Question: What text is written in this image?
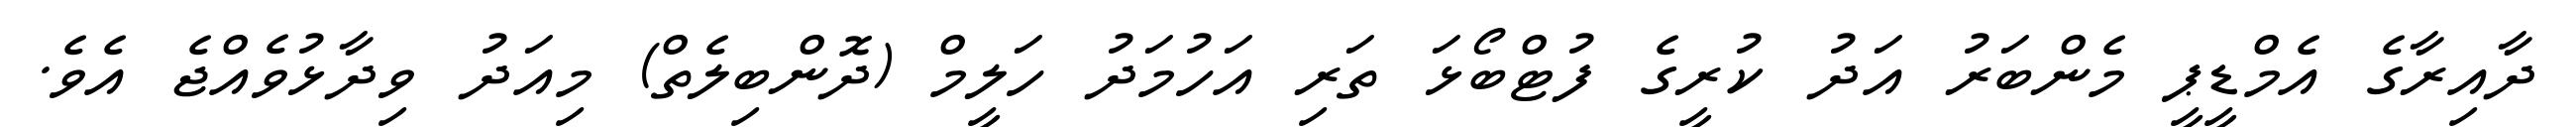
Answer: ދާއިރާގެ އެމްޑީޕީ މެންބަރު އަދު ކުރީގެ ފުޓްބޯޅަ ތަރި އަހުމަދު ހަލީމް (ދޮންބިލެތް) މިއަދު ވިދާޅުވެއްޖެ އެވެ.